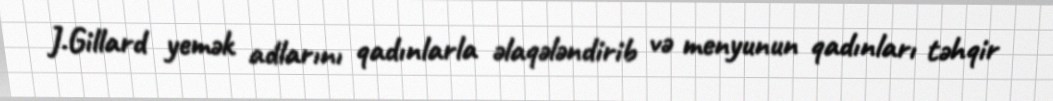
J.Gillard yemək adlarını qadınlarla əlaqələndirib və menyunun qadınları təhqir